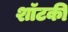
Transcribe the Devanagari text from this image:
शॉटकी